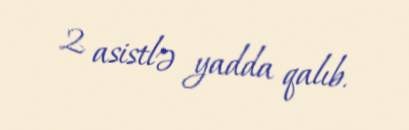
2 asistlə yadda qalıb.